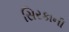
સિરકાની